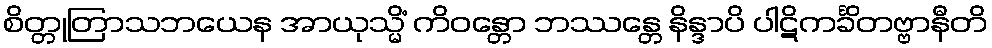
စိတ္တုတြာသဘယေန အာယုသ္မိံ ကိဝန္တော ဘဿန္တေ နိန္ဒာပိ ပါဋိကင်္ခိတဗ္ဗာနီတိ